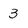
Character: 3